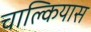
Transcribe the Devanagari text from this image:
चाल्कियास